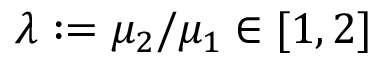
\lambda : = \mu _ { 2 } / \mu _ { 1 } \in [ 1 , 2 ]